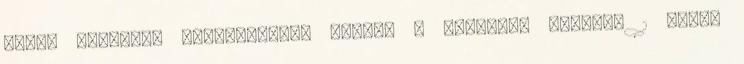
PÉTER VIZUÁLIS KOMMUNIKÁCIÓ SZÍNEK A GRAFIKAI IPARBAN 1 000,-